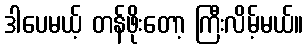
ဒါပေမယ့် တန်ဖိုးတော့ ကြီးလိမ့်မယ်။